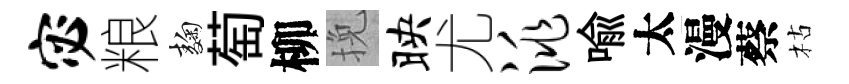
宓粮麹萄柳挽映尤洮喻太漫蔡枯